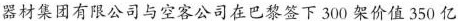
器材集团有限公司与空客公司在巴黎签下300架价值350亿